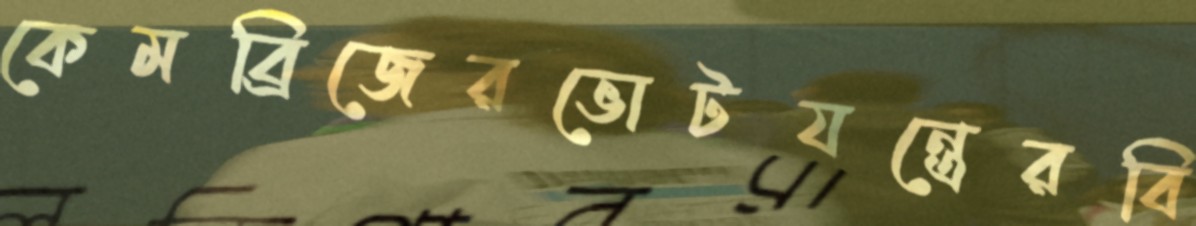
কেমব্রিজেরভোটযন্ত্রেরবি